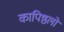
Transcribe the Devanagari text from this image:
कापिष्ठलो